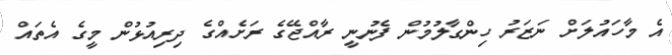
އެ މާހައުލަށް ނަޒަރު ހިންގާލުމުން ފެނުނީ ރާއްޖޭގެ ރަށެއްގެ ދިރިއުޅުން މީގެ އެތައް